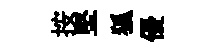
按堅狐優